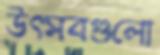
উৎসবগুলো